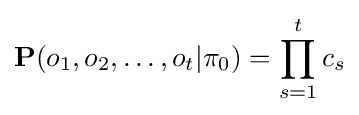
\mathbf {P} (o_{1},o_{2},\dots ,o_{t}|\mathbf {\pi } _{0})=\prod _{s=1}^{t}c_{s}